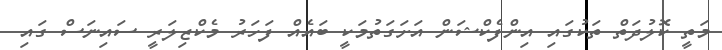
މަތީ ކޮލުދަތް ތަކުގައި އިންފެކްޝަން އަށަގަތުމަކީ ބައެއް ފަހަރު މެކްޒިލަރީ ސައިނަސް ގައި